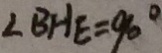
\angle B H E = 9 0 ^ { \circ }